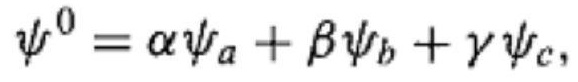
$\psi^{0}=\alpha \psi_{a}+\beta \psi_{b}+\gamma \psi_{c},$